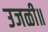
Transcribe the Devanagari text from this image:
उजळी॥